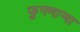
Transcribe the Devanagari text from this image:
फुगणार्‍या